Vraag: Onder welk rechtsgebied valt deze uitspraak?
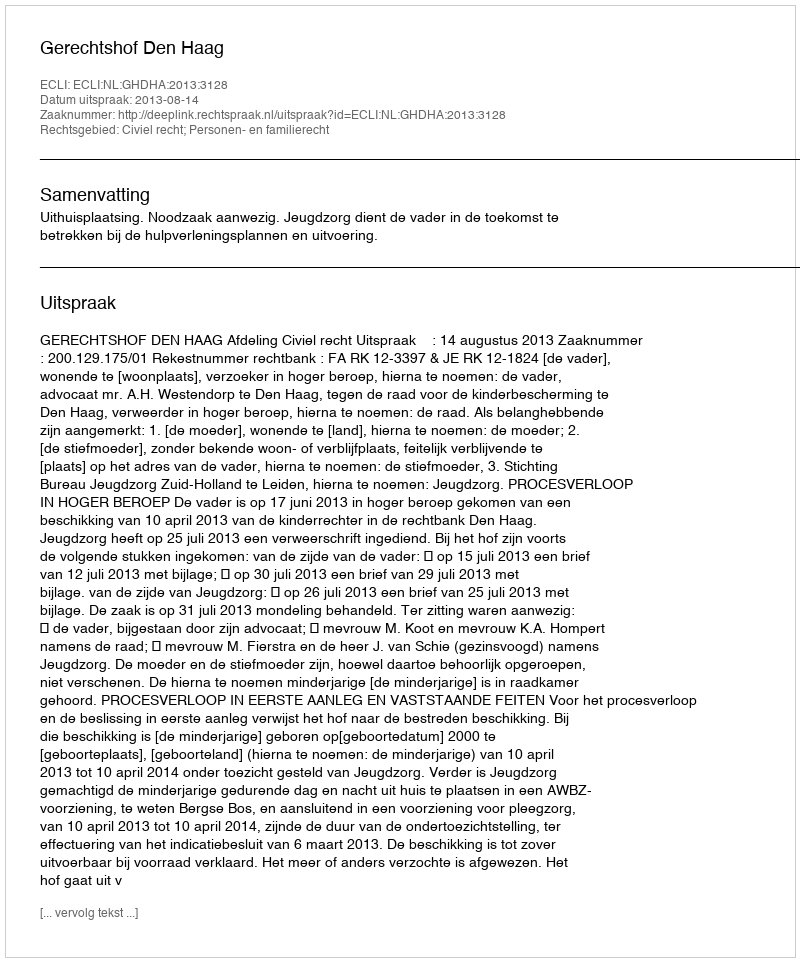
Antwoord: Civiel recht; Personen- en familierecht